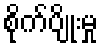
စိုက်ပျိုးမှု